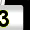
Digit: 3